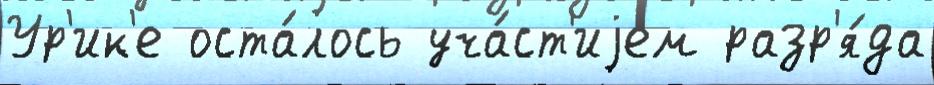
Ур'ик'е оста́лось уча́ст'иjем разр'я́да